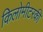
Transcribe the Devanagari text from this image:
किलोमीटरकी